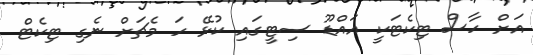
އަށް ހާސް ޓިކެޓަކީ އައްޑޫ ސިޓީގައި ކުޅޭ ހަ މެޗަށް ނެގި ޓިކެޓް